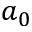
a _ { 0 }